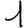
Digit: 1